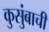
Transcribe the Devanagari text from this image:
कुसुंबाची